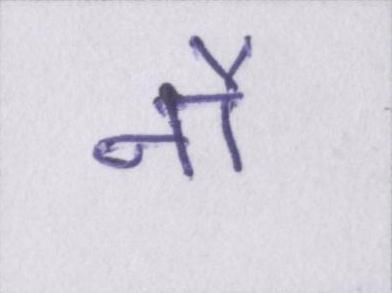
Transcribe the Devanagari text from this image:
नौ